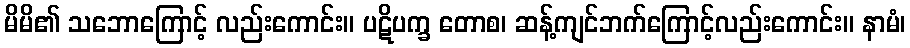
မိမိ၏ သဘောကြောင့် လည်းကောင်း။ ပဋိပက္ခ တောစ၊ ဆန့်ကျင်ဘက်ကြောင့်လည်းကောင်း။ နာမံ၊